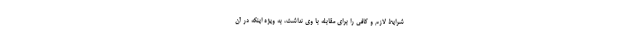
شرایط لازم و کافی را برای مقابله با وی نداشت، به ویژه اینکه در آن